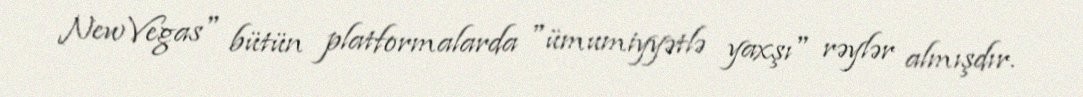
New Vegas" bütün platformalarda "ümumiyyətlə yaxşı" rəylər almışdır.